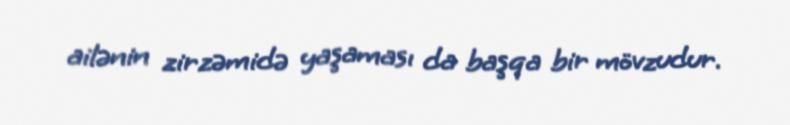
ailənin zirzəmidə yaşaması da başqa bir mövzudur.